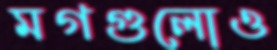
মগগুলোও